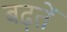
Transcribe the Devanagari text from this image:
बढ़तें